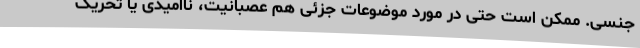
جنسی. ممکن است حتی در مورد موضوعات جزئی هم عصبانیت، ناامیدی یا تحریک